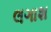
લગાશ